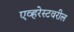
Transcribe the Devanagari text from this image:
एव्हरेस्टवरील